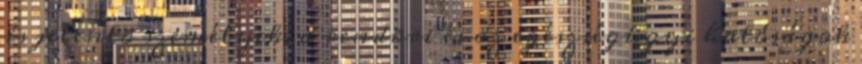
is jelentõ személyek, a rendõri és az egészségügyi hatóságok